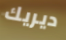
ديريك